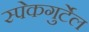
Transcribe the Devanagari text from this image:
स्पेकगुर्टेल